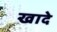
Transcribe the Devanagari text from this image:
खादे